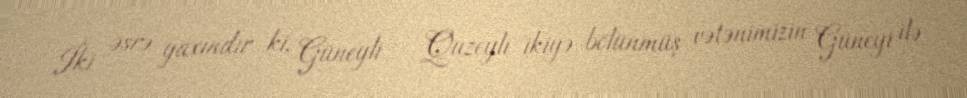
İki əsrə yaxındır ki, Güneyli – Quzeyli ikiyə bölünmüş vətənimizin Güneyi ilə